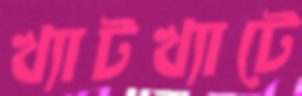
খ্যাটখ্যাটে